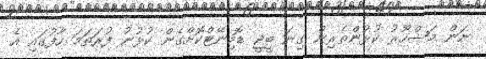
ނަން މަޝްހޫރު ކުޅުންތެރިން ގިނަ ބީޖީ ޑޮމިނޭޓްކޮށްގެން ކުޅުނު ފުރަތަމަ ހާފުގައި އެ